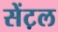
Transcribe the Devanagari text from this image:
सेंट़ल